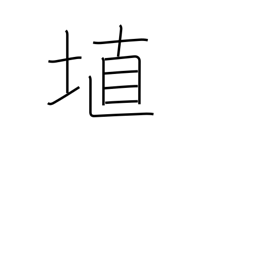
Meaning: clay